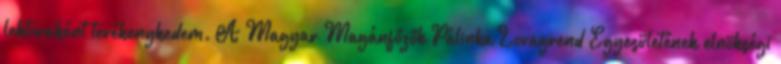
lektoraként tevékenykedem. A Magyar Magánfőzők Pálinka Lovagrend Egyesületének elnökségi